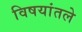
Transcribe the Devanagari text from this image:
विषयांतले